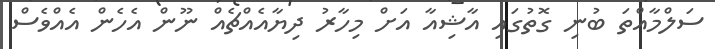
ސަލްމާއްތަ ބުނި ގޮތުގައި އާޝިއާ އަށް މިހާރު ދިޔާއެއްޗެއް ނޫން އެހެން އެއްވެސް